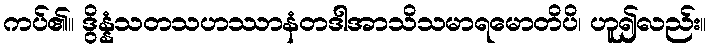
ကပ်၏။ ဒွိန္နံသတသဟဿာနံတဒါအာသိသမာရမောတိပိ၊ ဟူ၍လည်း။